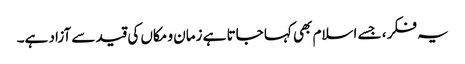
یہ فکر ، جسے اسلام بھی کہا جاتا ہے زمان و مکاں کی قید سے آزاد ہے۔